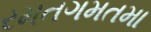
રમતગમતમા